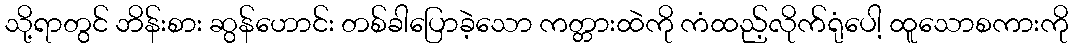
သို့ရာတွင် ဘိန်းစား ဆွန်ဟောင်း တစ်ခါပြောခဲ့သော ကတ္တားထဲကို ကံထည့်လိုက်ရုံပေါ့ ထူသောစကားကို